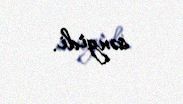
səngidi.